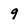
Character: 9